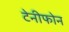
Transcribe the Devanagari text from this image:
टेनीफोन